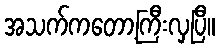
အသက်ကတော့ကြီးလှပြီ။